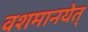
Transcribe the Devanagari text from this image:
वशमानयेत्